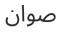
صوان